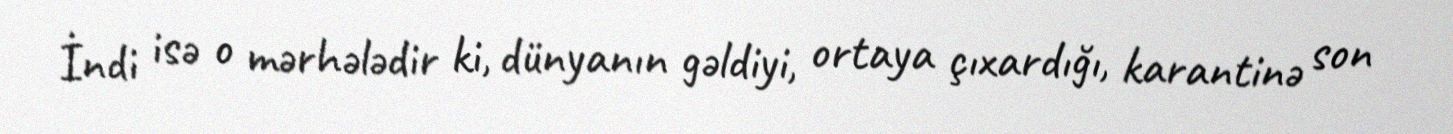
İndi isə o mərhələdir ki, dünyanın gəldiyi, ortaya çıxardığı, karantinə son